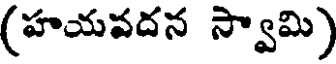
(హయవదన స్వామి)